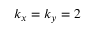
k _ { x } = k _ { y } = 2